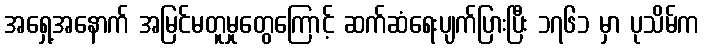
အရှေ့အနောက် အမြင်မတူမှုတွေကြောင့် ဆက်ဆံရေးပျက်ပြားပြီး ၁၇၆၁ မှာ ပုသိမ်က